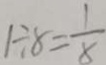
1 \div 8 = \frac { 1 } { 8 }